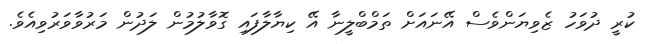
ކުރީ ދުވަހު ޒެވިޔަންވެސް އޭނައަށް ތަމްބްލީނާ އޭ ކިޔާލާފައި ގޮވާލުމުން ލަދުން މަރުވާވަރުވިއެވެ.